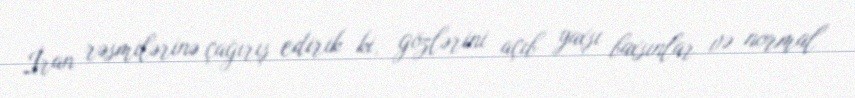
İran rəsmilərinə çağırış edirik ki, gözlərini açıb yaxşı baxsınlar və normal